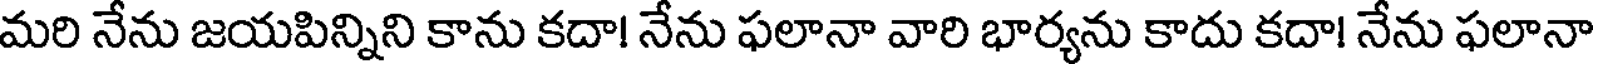
మరి నేను జయపిన్నిని కాను కదా! నేను ఫలానా వారి భార్యను కాదు కదా! నేను ఫలానా